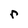
Character: r